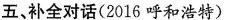
五、补全对话(2016呼和浩特)